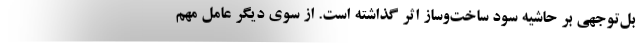
بل‌توجهی بر حاشیه سود ساخت‌وساز اثر گذاشته است. از سوی دیگر عامل مهم